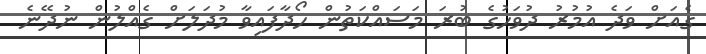
ގެއަށް ވަދެ އުމުރު ދުވަހުގެ ބުރަ މަސައްކަތުން ހޯދާފައިވާ މުދަލަށް ގެއްލުން ނުދޭނެ